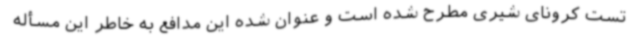
تست کرونای شیری مطرح شده است و عنوان شده این مدافع به خاطر این مسأله